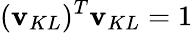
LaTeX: (\mathbf{v}_{KL})^{T}\mathbf{v}_{KL}=1